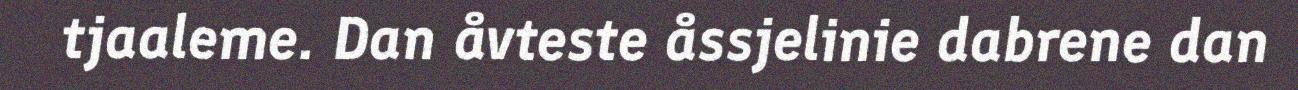
tjaaleme. Dan åvteste åssjelinie dabrene dan